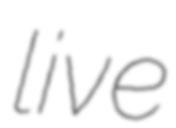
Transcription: live